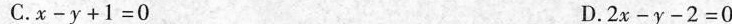
C.$$x-y+1=0$$ D.$$2x-y-2=0$$